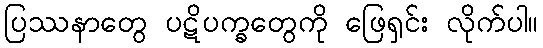
ပြဿနာတွေ ပဋိပက္ခတွေကို ဖြေရှင်း လိုက်ပါ။